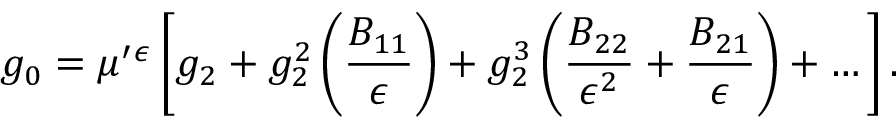
g _ { 0 } = \mu ^ { \prime } { } ^ { \epsilon } \left[ g _ { 2 } + g _ { 2 } ^ { 2 } \left( \frac { B _ { 1 1 } } { \epsilon } \right) + g _ { 2 } ^ { 3 } \left( \frac { B _ { 2 2 } } { \epsilon ^ { 2 } } + \frac { B _ { 2 1 } } { \epsilon } \right) + \dots \right] .